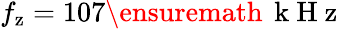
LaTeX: f_{\mathrm{z}}=107\ensuremath{\, \mathrm{~k~H~z~}}